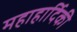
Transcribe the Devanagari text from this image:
महाहार्दिकी